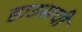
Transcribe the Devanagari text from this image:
हाउसची